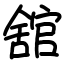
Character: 舘